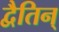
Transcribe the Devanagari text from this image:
द्वैतिन्